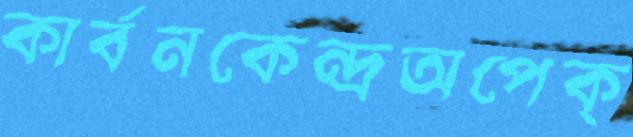
কার্বনকেন্দ্রঅপেক্